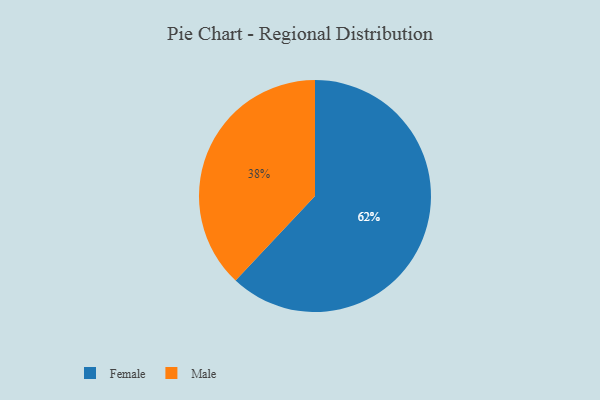
{"axis": {"x": "Category", "y": "Percentage"}, "legend": ["Female", "Male"], "data": [{"x": "Female", "y": 62, "type": "Female"}, {"x": "Male", "y": 38, "type": "Male"}]}